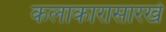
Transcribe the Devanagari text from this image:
कलाकारासारखे